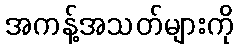
အကန့်အသတ်များကို